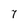
Character: 7